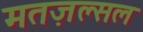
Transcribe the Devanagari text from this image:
मतज़ल्सल